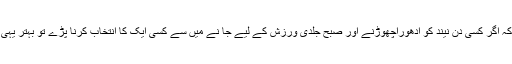
کچھ ڈاکٹروں کی رائے ہے کہ اگر کسی دن نیند کو اَدھوراچھوڑنے اور صبح جلدی ورزش کے لیے جا نے میں سے کسی ایک کا انتخاب کرنا پڑے تو بہتر یہی ہے کہ آپ نیند پوری کریں۔